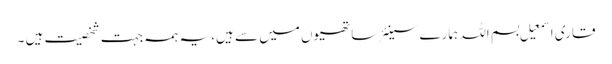
قاری اسمعیل بسم اللہ ہمارے سینئر ساتھیوں میں سے ہیں، یہ ہمہ جہت شخصیت ہیں ۔